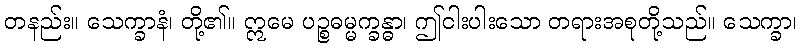
တနည်း။ သေက္ခာနံ၊ တို့၏။ ဣမေ ပဉ္စဓမ္မက္ခန္ဓာ၊ ဤငါးပါးသော တရားအစုတို့သည်။ သေက္ခာ၊